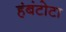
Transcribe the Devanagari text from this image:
हंबंटोटा